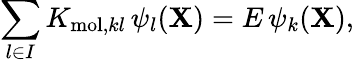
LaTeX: \sum_{l\in{I}}K_{\mathrm{mol},kl}\, \psi_{l}({\mathbf{X}})=E\, \psi_{k}({\mathbf{X}}),